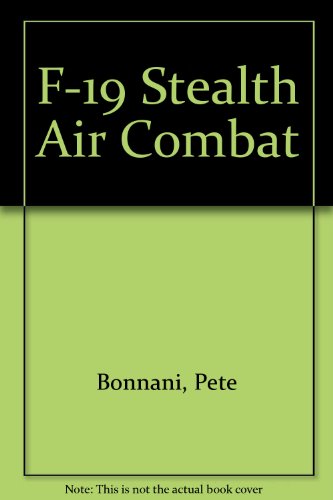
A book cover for F-19 Stealth Air Combat; Pete Bonanni; Science Fiction & Fantasy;